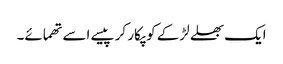
ایک بھلے لڑکے کو پکار کر پیسے اسے تھمائے۔